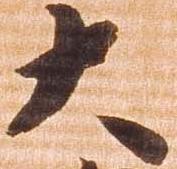
大